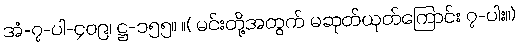
အံ-၇-ပါ-၄၀၉၊ ဋ္ဌ-၁၅၅။ ။( မင်းတို့အတွက် မဆုတ်ယုတ်ကြောင်း ၇-ပါး။)